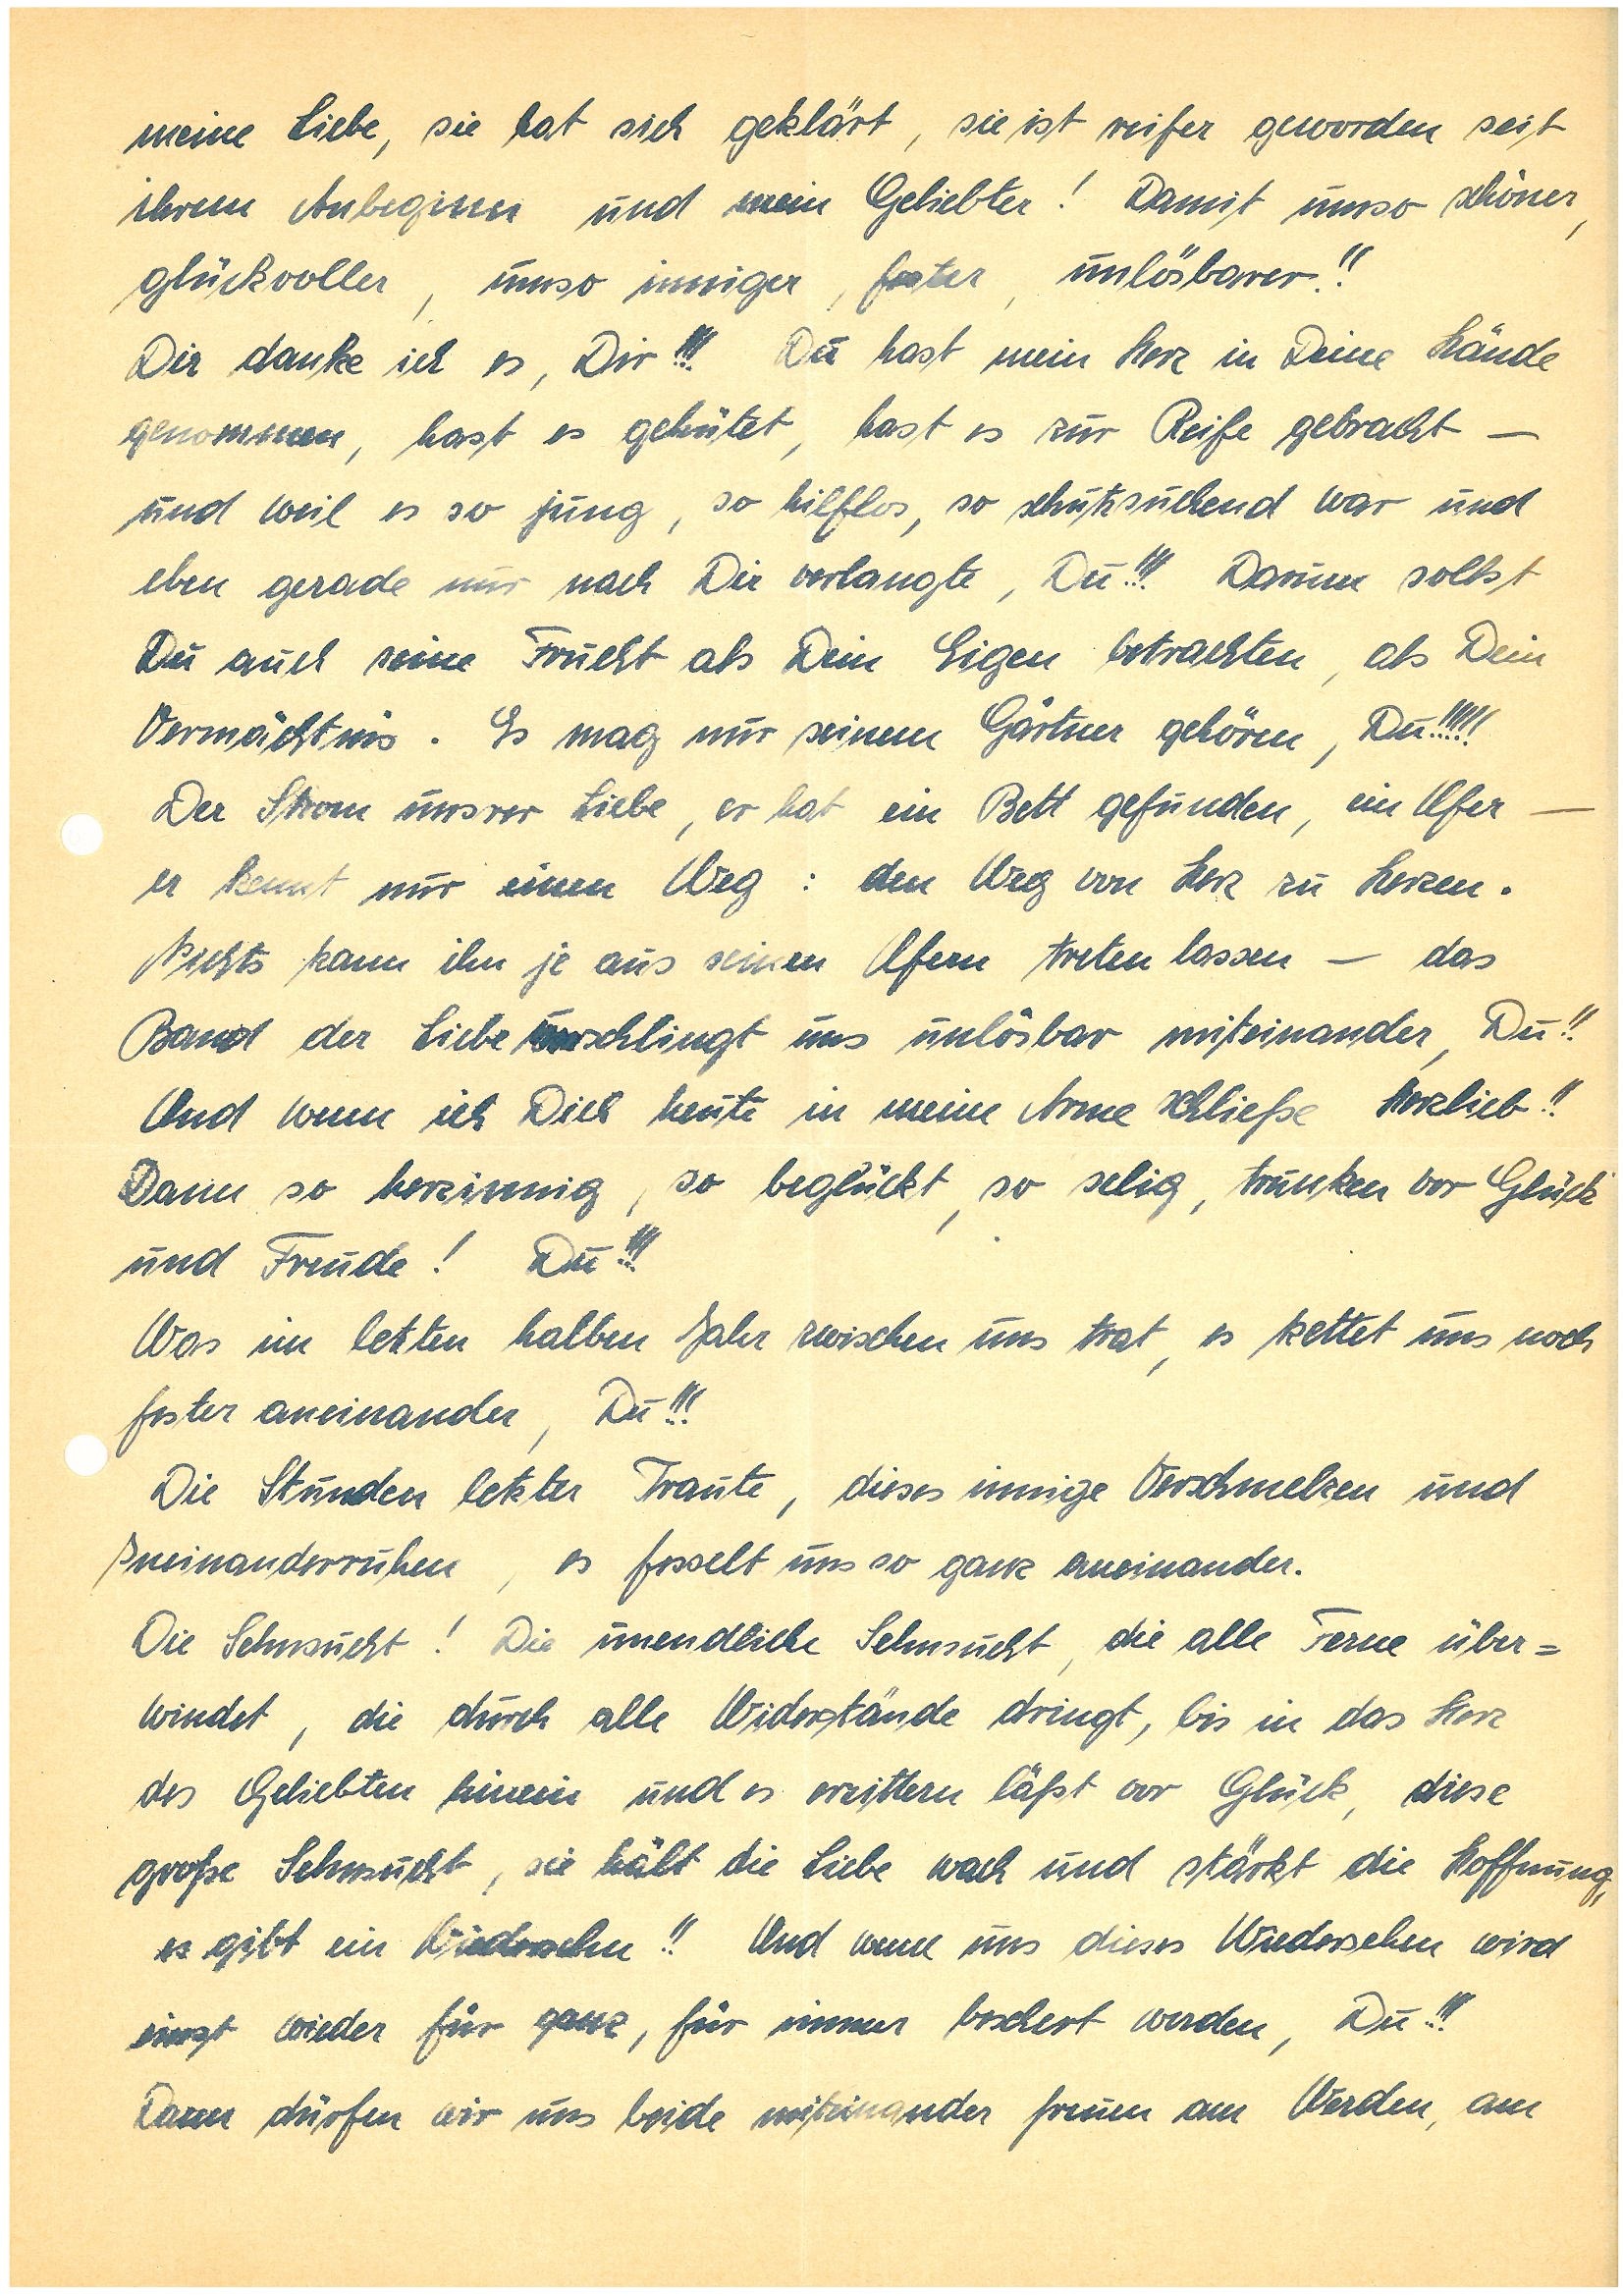
meine Liebe, die hat sich geklärt, sie ist reifer geworden seit
ihrem Anbeginn und mein Geliebter! Damit umso schöner,
glückvoller, umso inniger, fester, unlösbarer!!
Dir danke ich es, Dir!!! Du hast mein Herz in Deine Hände
genommen, hast es gehütet, hast es zur Reife gebracht –
und weil es so jung, so hilflos, so schutzsuchend war und
eben gerade nur nach Dir verlangte, Du!!! Darum sollst
Du auch meine Frucht als Dein Eigen betrachten, als Dein
Vermächtnis. Es mag nur seinem Gärtner gehören, Du!!!!!
Der Strom unsrer Liebe, er hat ein Bett gefunden, ein Ufer –
er kennt nur einen Weg: den Weg von Herz zu Herzen.
Nichts kann ihn je aus seinen Ufern treten lassen – das
Band der Liebe schlingt uns unlösbar miteinander, Du!!
Und wenn ich Dich heute in meine Arme schließe Herzlieb!!
Dann so herzinnig, so beglückt, so selig, trunken vor Glück
und Freude! Du!!!
Was im letzten halben Jahr zwischen uns trat, es kettet uns noch
fester aneinander, Du!!!
Die Stunden letzter Traute, dieses innige Verschmelzen und
Ineinanderruhen, es fesselt uns so ganz aneinander.
Die Sehnsucht! Die unendliche Sehnsucht, die alle Ferne über¬
windet, die durch alle Widerstände dringt, bis in das Herz
des Geliebten hinein und es erzittern läßt vor Glück, diese
große Sehnsucht, sie hält die Liebe wach und stärkt die Hoffnung,
es gibt ein Wiedersehen!! Und wenn uns dieses Wiedersehen wird
einst wieder für ganz, für immer beschert werden, Du!!!
Dann dürfen wir uns beide miteinander freuen am Werden, am